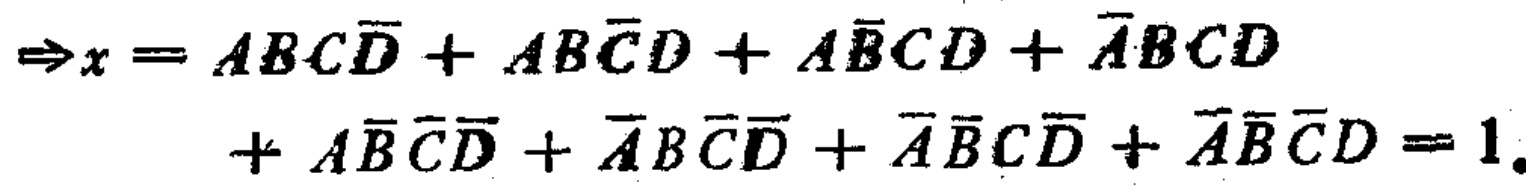
$\Rightarrow x = ABC\overline{D}+AB\overline{C}D+A\overline{B}CD+\overline{A}BCD + A\overline{B}\overline{C}\overline{D}+\overline{A}B\overline{C}\overline{D}+\overline{A}\overline{B}C\overline{D}+\overline{A}\overline{B}\overline{C}D = 1.$